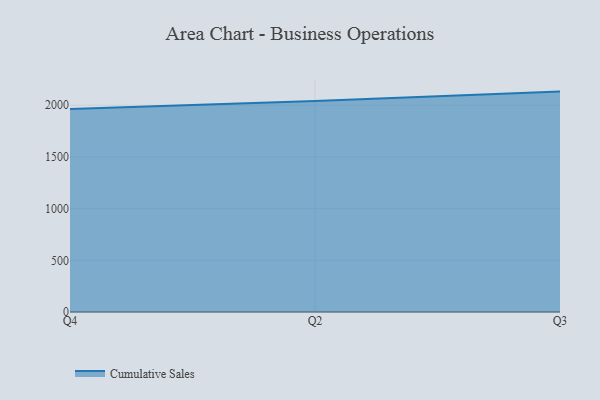
{"axis": {"x": "Quarter", "y": "Temperature (°C)"}, "legend": ["Cumulative Sales"], "data": [{"x": "Q4", "y": 1962.1, "type": "Cumulative Sales"}, {"x": "Q2", "y": 2040.0, "type": "Cumulative Sales"}, {"x": "Q3", "y": 2131.5, "type": "Cumulative Sales"}]}